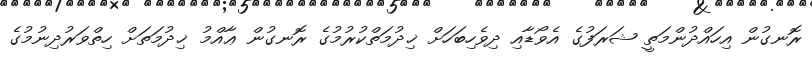
ރޮނގުން އިހައްދުންމަތީ ޝަރަފުގެ އެވޯޑާއި ދިވެހިބަހަށް ޚިދުމަތްކުރުމުގެ ރޮނގުން ޢާއްމު ޚިދުމަތަށް ހިތްވަރުދިނުމުގެ